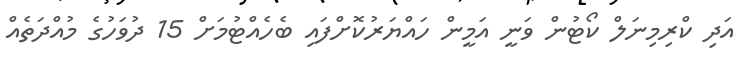
އަދި ކްރިމިނަލް ކޯޓުން ވަނީ އަމީން ހައްޔަރުކޮށްފައި ބެހެއްޓުމަށް 15 ދުވަހުގެ މުއްދަތެއް